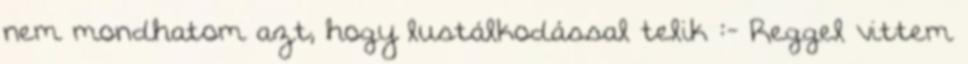
nem mondhatom azt, hogy lustálkodással telik :- Reggel vittem